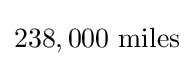
238,000{\text{ miles}}